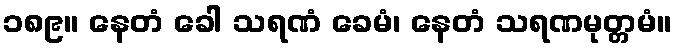
၁၈၉။ နေတံ ခေါ သရဏံ ခေမံ၊ နေတံ သရဏမုတ္တမံ။